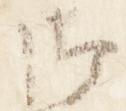
御